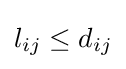
l_{ij}\leq d_{ij}